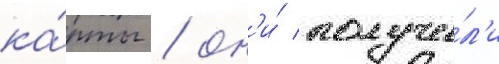
ка́рты / он'и́ получи́л'и